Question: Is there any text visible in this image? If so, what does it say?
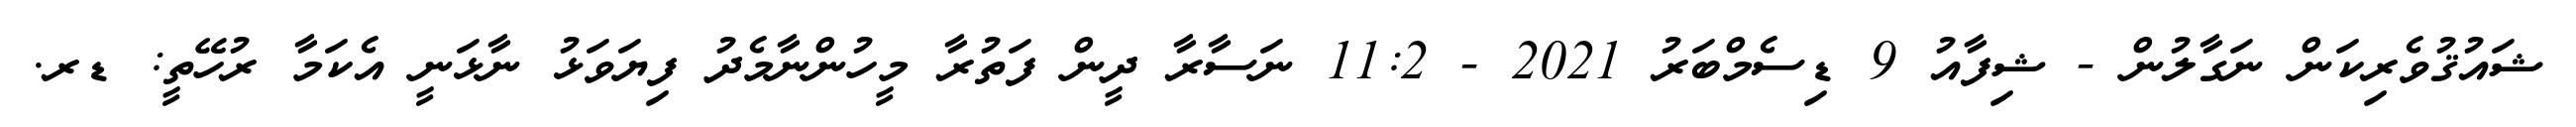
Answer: ޝައުޤުވެރިކަން ނަގާލުން - ޝިފާއު 9 ޑިސެމްބަރު 2021 - 11:2 ނަސާރާ ދީން ފަތުރާ މީހުންނާމެދު ފިޔަވަޅު ނާޅަނީ އެކަމާ ރުހޭތީ: ޑރ.